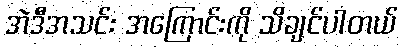
အဲဒီအသင်း အကြောင်းကို သိချင်ပါတယ်